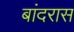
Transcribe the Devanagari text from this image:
बांदरास